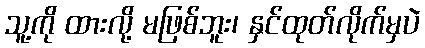
သူ့ကို ထားလို့ မဖြစ်ဘူး၊ နှင်ထုတ်လိုက်မှပဲ